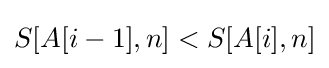
S[A[i-1],n]<S[A[i],n]